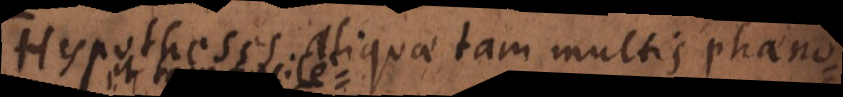
Hypotheses aliquae tam multis phaeno